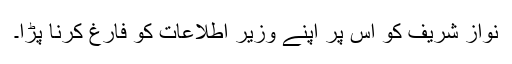
نواز شریف کو اس پر اپنے وزیر اطلاعات کو فارغ کرنا پڑا۔